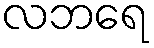
လဘရေ